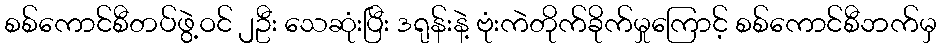
စစ်ကောင်စီတပ်ဖွဲ့ဝင် ၂ဦး သေဆုံးပြီး ဒရုန်းနဲ့ ဗုံးကဲတိုက်ခိုက်မှုကြောင့် စစ်ကောင်စီဘက်မှ